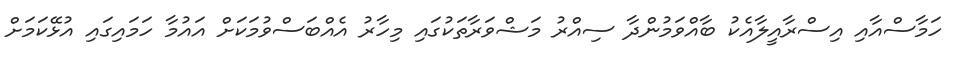
ހަމާސްއާއި އިސްރާއީލާއެކު ބާއްވަމުންދާ ސިއްރު މަޝްވަރާތަކުގައި މިހާރު އެއްބަސްވުމަކަށް އައުމާ ހަމައިގައި އުޅޭކަމަށް